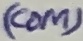
Text: (COM)